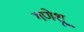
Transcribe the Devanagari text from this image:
गणेशू